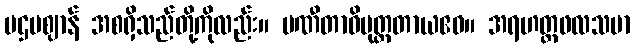
ပဌမဈာန် အစရှိသည်တို့ကိုလည်း။ ပဏီတာဓိမုတ္တတာယဧဝ။ အရဟတ္တဖလသမာ